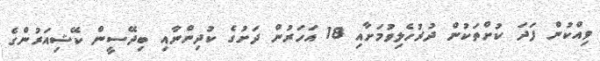
ވިއްކުން ފަދަ ކުށްތަކުން ދުރުހެލިވުމަށާއި 18 އަހަރުން ދަށުގެ ކުދިންނާއި ބިދޭސީން ކޭޝިއަރުންގެ